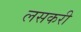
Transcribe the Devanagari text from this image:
लसकरी